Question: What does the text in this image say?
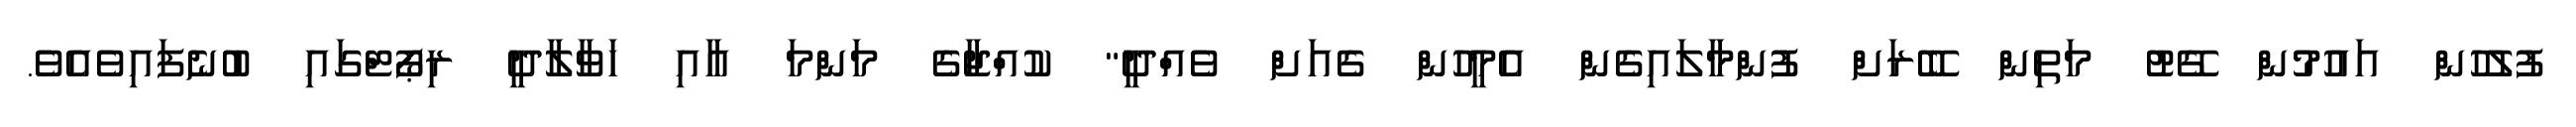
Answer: ފުލުހުން އައުމުން ގޭޓު މަތިން ބޭރަށް ފުންމާލައިގެން އެމީހުން ގެއަށް ވެއްދީ" ކުއްޖާގެ މަންމަ އާއި ހަވާލާދީ ރިޕޯޓްގައި ބުނެފައިވެއެވެ.